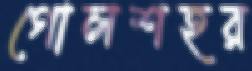
গোলশহর